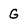
Character: G